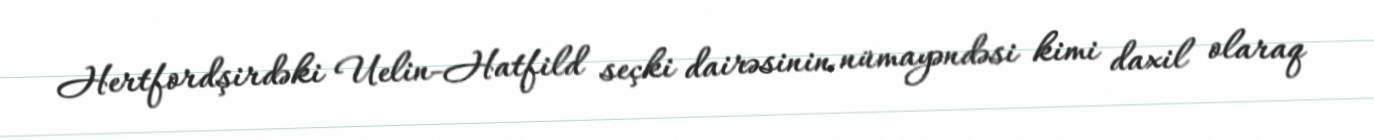
Hertfordşirdəki Uelin-Hatfild seçki dairəsinin nümayəndəsi kimi daxil olaraq